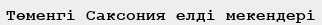
Төменгі Саксония елді мекендері